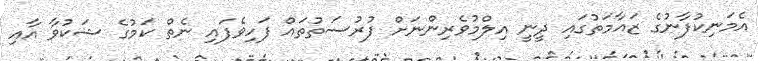
އެމަނިކުފާނުގެ ޒައާމަތުގައި ދީނީ އިލްމުވެރިންނަށް ފުރުސަތުތައް ފަހިވެފައި ނެތް ކަމުގެ ޝަކުވާ އާއި